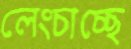
লেংচাচ্ছে